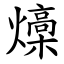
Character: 燺